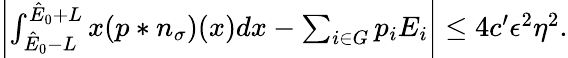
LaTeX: \begin{array}{r}{\left|\int_{\hat{E}_{0}-L}^{\hat{E}_{0}+L}x(p\ast n_{\sigma})(x)dx-\sum_{i\in G}p_{i}E_{i}\right|\leq 4c^{\prime}\epsilon^{2}\eta^{2}.}\end{array}